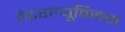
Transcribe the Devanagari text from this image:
इंटरल्यूकिन्स